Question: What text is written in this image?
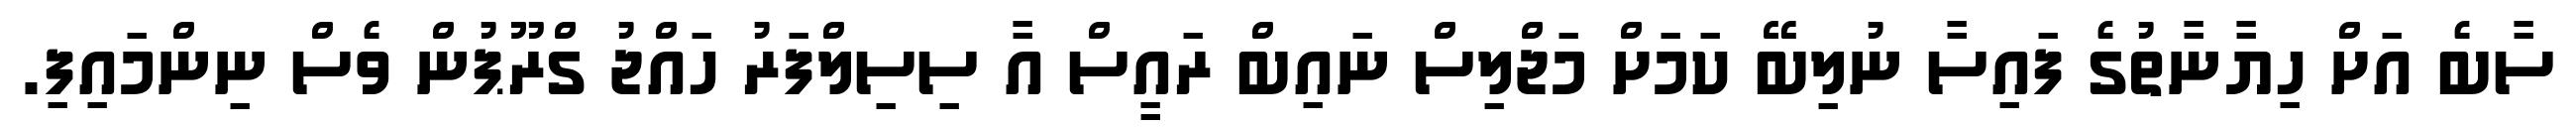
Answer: ސާބެ އަށް ހިޔާނާތުގެ ފައިސާ ނުލިބޭ ކަމަށް މަޖްލިސް ނައިބް ރައީސް އާ ސިސިލްފަރު ހައްޖު ގްރޫޕުން ވެސް ނިންމައިފި.